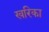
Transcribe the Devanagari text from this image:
खरिका